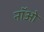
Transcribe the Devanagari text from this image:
नॉओ